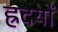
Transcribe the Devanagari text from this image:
ह्रदयों